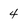
Character: 4